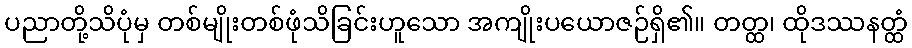
ပညာတို့သိပုံမှ တစ်မျိုးတစ်ဖုံသိခြင်းဟူသော အကျိုးပယောဇဉ်ရှိ၏။ တတ္ထ၊ ထိုဒဿနတ္ထံ